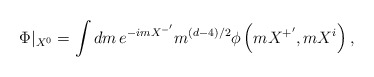
\begin{align*}\Phi |_{X^{0}}=\int dm\,e^{-imX^{-^{\prime }}}m^{\left( d-4\right) /2}\phi\left( mX^{+^{\prime }},mX^{i}\right) , \end{align*}